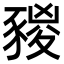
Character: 𧱭